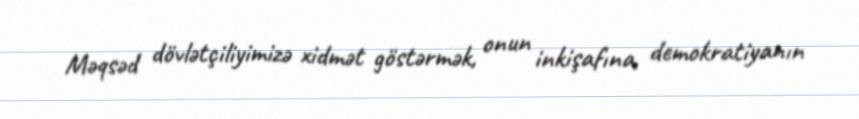
Məqsəd dövlətçiliyimizə xidmət göstərmək, onun inkişafına, demokratiyanın